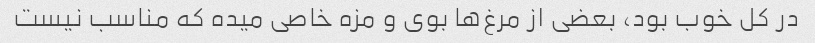
در کل خوب بود، بعضی از مرغ‌ها بوی و مزه خاصی میده که مناسب نیست